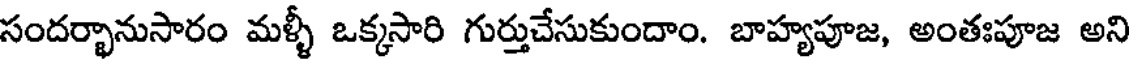
సందర్భానుసారం మళ్ళీ ఒక్కసారి గుర్తుచేసుకుందాం. బాహ్యపూజ, అంతఃపూజ అని